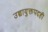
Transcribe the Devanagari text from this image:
उच्चायुक्तपदही